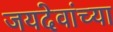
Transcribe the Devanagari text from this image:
जयदेवांच्या